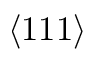
\left\langle 1 1 1 \right\rangle